Report of the Indian Hemp Drugs Commission, 1894-1895 - Volume VI
Year: 1894
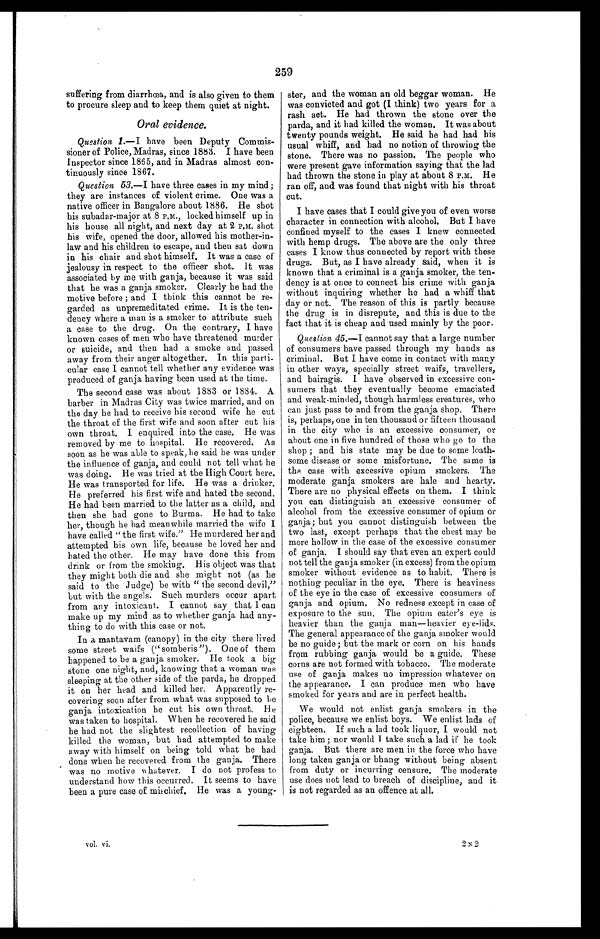
259
suffering from diarrhœa, and is also given to them
to procure sleep and to keep them quiet at night.
Oral evidence.
Question 1.—I have been Deputy Commis-
sioner of Police, Madras, since 1883. I have been
Inspector since 1865, and in Madras almost con--
tinuously since 1867.
Question 53.—I have three cases in my mind;
they are instances of violent crime. One was a
native officer in Bangalore about 1886. He shot
his subadar-major at 8 P.M., locked himself up in
his house all night, and next day at 2 P.m. shot
his wife, opened the door, allowed his mother-in-
law and his children to escape, and then sat down
in his chair and shot himself. It was a case of
jealousy in respect to the officer shot. It was
associated by me with ganja, because it was said
that he was a ganja smoker. Clearly he had the
motive before ; and I think this cannot be re--
garded as unpremeditated crime. It is the ten--
dency where a man is a smoker to attribute such
a case to the drug. On the contrary, I have
known cases of men who have threatened murder
or suicide, and. then had a smoke and passed
away from their anger altogether. In this parti-
- c u l a r c a s e I c a n n o t t e l l w h e t h e r a n y e v i d e n c e w a s
produced of ganja having been used at the time.
The second case was about 1883 or 1884. A
barber in Madras City was twice married, and on
the day he had to receive his second wife he cut
the throat of the first wife and soon after cut his
own throat. I enquired into the case. He was
removed by me to hospital. He recovered. As
soon as he was able to speak, lie said he was under
the influence of ganja, and could not tell what he
was doing. He was tried at the High Court here.
He was transported for life. He was a drinker.
He preferred his first wife and hated the second.
He had been married to the latter as a child, and
then she had gone to Burma. He had to take
her, though lie had meanwhile married the wife I
have called "the first wife." He murdered her and
attempted his own life, because he loved her and
hated the other. He may have done this from
drink or from the smoking. His object was that
they might both die and she might not (as he
said to the Judge) be with " the second devil,"
but with the angels. Such murders occur apart
from any intoxicant. I cannot say that I can
make up my mind as to whether ganja had any-
- t h i n g t o d o w i t h t h i s c a s e o r n o t .
In a mantavam (canopy) in the city there lived
some street waifs ("somberis"). One of them
happened to be a ganja smoker. He took a big
stone one night, and, knowing that a woman was
sleeping at the other side of the parda, he dropped
it on her head and killed her. Apparently re--
covering soon after from what was supposed to be
ganja intoxication he cut his own throat. He
was taken to hospital. When he recovered he said
he had not the slightest recollection of having
killed the woman, but bad attempted to make
away with himself on being told what he had
done when he recovered from the ganja. There
was no motive w hatever. I do not profess to
understand how this occurred. It seems to have
been a pure case of mischief. He was a young-
ster, and the woman an old beggar woman. He
was convicted and got (I think) two years for a
rash act. He had thrown the stone over the
parda, and it had killed the woman. It was about
twenty pounds weight. He said he had had his
usual whiff, and had no notion of throwing the
stone. There was no passion. The people who
were present gave information saying that the lad
had thrown the stone in play at about 8 P.M. He
ran off, and was found that night with his throat
cut.
I have cases that I could give you of even worse
character in connection with alcohol. But I have
confined myself to the cases I knew connected
with hemp drugs. The above are the only three
cases I know thus connected by report with these
drugs. But, as I have already said, when it is
known that a criminal is a ganja smoker, the ten-
dency is at once to connect his crime with ganja
without inquiring whether he had a whiff that
day or not. The reason of this is partly because
the drug is in disrepute, and this is due to the
fact that it is cheap and used mainly by the poor.
Question 45.—I cannot say that a large number
of consumers have passed through my hands as
criminal. But I have come in contact with many
in other ways, specially street waifs, travellers,
and bairagis. I have observed in excessive con-
- s u m e r s t h a t t h e y e v e n t u a l l y b e c o m e e m a c i a t e d
and weak-minded, though harmless creatures, who
can just pass to and from the ganja shop. There
is, perhaps, one in ten thousand or fifteen thousand
in the city who is an excessive consumer, or
about one in five hundred of those who go to the
shop ; and his state may be due to some loath-
-some disease or some misfortune. The same is
the case with excessive opium smokers. The
moderate ganja smokers are hale and hearty.
There are no physical effects on them. I think
you can distinguish an excessive consumer of
alcohol from the excessive consumer of opium or
ganja; but you cannot distinguish between the
two last, except perhaps that the chest may be
more hollow in the case of the excessive consumer
of ganja. I should say that even an expert could
not tell the ganja smoker (in excess) from the opium
smoker without evidence as to habit. There is
nothing peculiar in the eye. There is heaviness
of the eye in the case of excessive consumers of
ganja and opium. No redness except in ease of
exposure to the sun. The opium eater's eye is
heavier than the ganja man—heavier eye-lids.
The general appearance of the ganja smoker would
be no guide; but the mark or corn on his hands
from rubbing ganja would be a guide. These
corns are not formed with tobacco. The moderate
use of ganja makes no impression whatever on
the appearance. I can produce men who have
smoked for years and are in perfect health.
We would not enlist ganja smokers in the
police, because we enlist boys. We enlist lads of
eighteen. If such a lad took liquor, I would not
take him; nor would 1 take such a lad if lie took
ganja. But there are men in the force who have
long taken ganja or bhang without being absent
from duty or incurring censure. The moderate
use does not lead to breach of discipline, and it
is not regarded as au offence at all.
vol. vi.
2 N 2